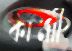
কামাী